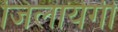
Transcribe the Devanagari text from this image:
जिलायेगी